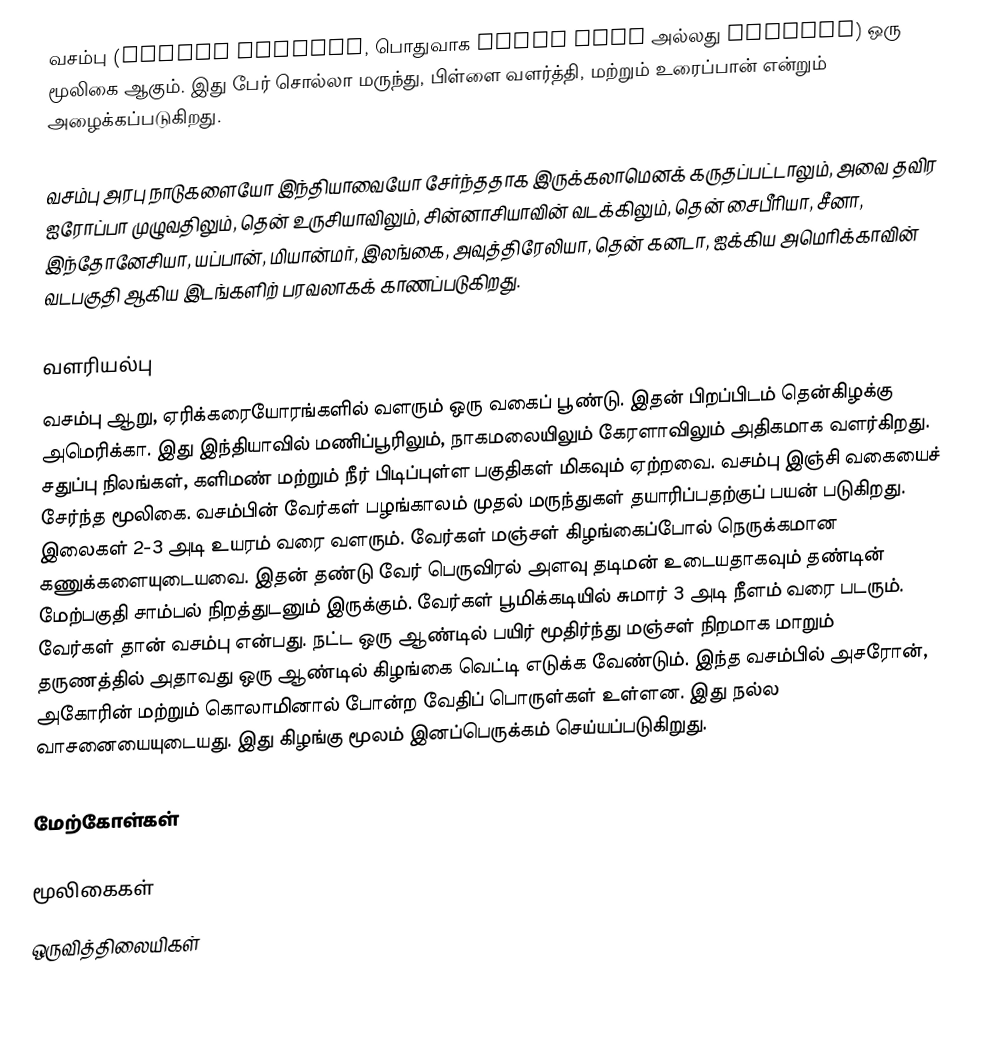
வசம்பு (Acorus calamus, பொதுவாக Sweet Flag அல்லது Calamus) ஒரு மூலிகை ஆகும். இது பேர் சொல்லா மருந்து, பிள்ளை வளர்த்தி, மற்றும் உரைப்பான் என்றும் அழைக்கப்படுகிறது.

வசம்பு அரபு நாடுகளையோ இந்தியாவையோ சேர்ந்ததாக இருக்கலாமெனக் கருதப்பட்டாலும், அவை தவிர ஐரோப்பா முழுவதிலும், தென் உருசியாவிலும், சின்னாசியாவின் வடக்கிலும், தென் சைபீரியா, சீனா, இந்தோனேசியா, யப்பான், மியான்மர், இலங்கை, அவுத்திரேலியா, தென் கனடா, ஐக்கிய அமெரிக்காவின் வடபகுதி ஆகிய இடங்களிற் பரவலாகக் காணப்படுகிறது.

வளரியல்பு
வசம்பு ஆறு, ஏரிக்கரையோரங்களில் வளரும் ஒரு வகைப் பூண்டு. இதன் பிறப்பிடம் தென்கிழக்கு அமெரிக்கா. இது இந்தியாவில் மணிப்பூரிலும், நாகமலையிலும் கேரளாவிலும் அதிகமாக வளர்கிறது. சதுப்பு நிலங்கள், களிமண் மற்றும் நீர் பிடிப்புள்ள பகுதிகள் மிகவும் ஏற்றவை. வசம்பு இஞ்சி வகையைச் சேர்ந்த மூலிகை. வசம்பின் வேர்கள் பழங்காலம் முதல் மருந்துகள் தயாரிப்பதற்குப் பயன் படுகிறது. இலைகள் 2-3 அடி உயரம் வரை வளரும். வேர்கள் மஞ்சள் கிழங்கைப்போல் நெருக்கமான கணுக்களையுடையவை. இதன் தண்டு வேர் பெருவிரல் அளவு தடிமன் உடையதாகவும் தண்டின் மேற்பகுதி சாம்பல் நிறத்துடனும் இருக்கும். வேர்கள் பூமிக்கடியில் சுமார் 3 அடி நீளம் வரை படரும். வேர்கள் தான் வசம்பு என்பது. நட்ட ஒரு ஆண்டில் பயிர் மூதிர்ந்து மஞ்சள் நிறமாக மாறும் தருணத்தில் அதாவது ஒரு ஆண்டில் கிழங்கை வெட்டி எடுக்க வேண்டும். இந்த வசம்பில் அசரோன், அகோரின் மற்றும் கொலாமினால் போன்ற வேதிப் பொருள்கள் உள்ளன. இது நல்ல வாசனையையுடையது. இது கிழங்கு மூலம் இனப்பெருக்கம் செய்யப்படுகிறுது.

மேற்கோள்கள்

மூலிகைகள்
ஒருவித்திலையிகள்